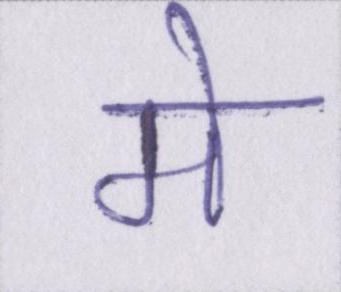
मे